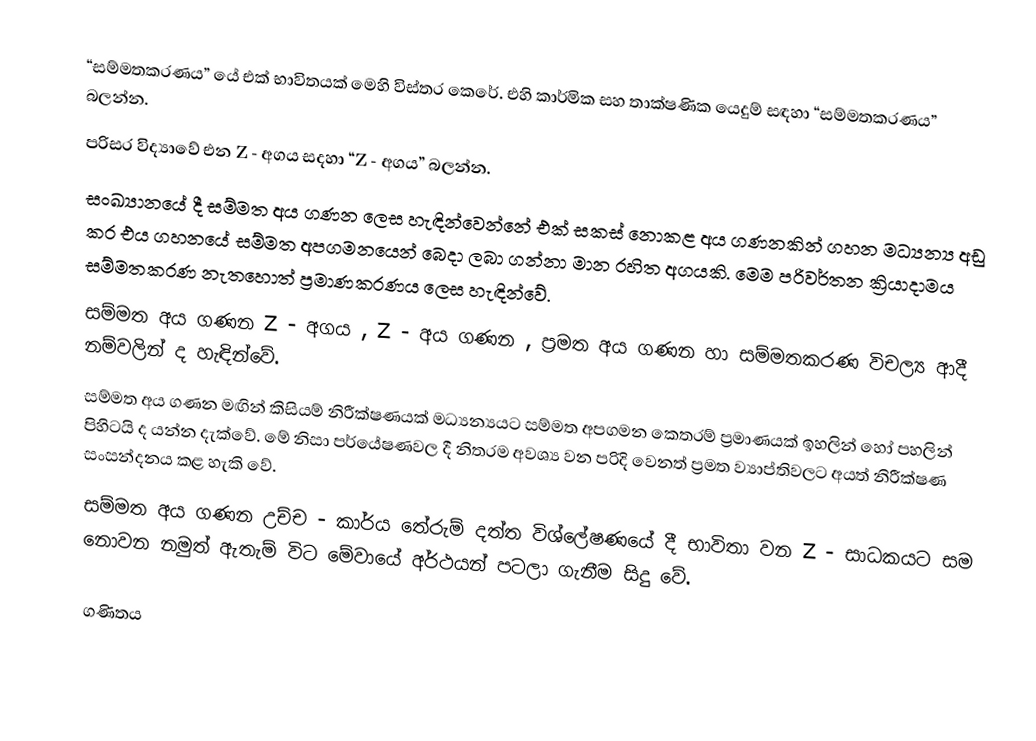
“සම්මතකරණය” යේ එක් භාවිතයක් මෙහි විස්තර කෙරේ. එහි කාර්මික සහ තාක්ෂණික යෙදුම් සඳහා “සම්මතකරණය” බලන්න.
පරිසර විද්‍යාවේ එන Z - අගය සදහා “Z - අගය” බලන්න.
සංඛ්‍යානයේ දී සම්මත අය ගණන ලෙස හැඳින්වෙන්නේ එක් සකස් නොකළ අය ගණනකින් ගහන මධ්‍යන්‍ය අඩු කර එය ගහනයේ සම්මත අපගමනයෙන් බෙදා ලබා ගන්නා මාන රහිත අගයකි. මෙම පරිවර්තන ක්‍රියාදාමය සම්මතකරණ නැතහොත් ප්‍රමාණකරණය ලෙස හැඳින්වේ.
සම්මත අය ගණන Z - අගය , Z - අය ගණන , ප්‍රමත අය ගණන හා සම්මතකරණ විචල්‍ය ආදී නම්වලින් ද හැඳින්වේ.
සම්මත අය ගණන මඟින් කිසියම් නිරීක්ෂණයක් මධ්‍යන්‍යයට සම්මත අපගමන කෙතරම් ප්‍රමාණයක් ඉහලින් හෝ පහලින් පිහිටයි ද යන්න දැක්වේ. මේ නිසා පර්යේෂණවල දී නිතරම අවශ්‍ය වන පරිදි වෙනත් ප්‍රමත ව්‍යාප්තිවලට අයත් නිරීක්ෂණ සංසන්දනය කළ හැකි වේ.
සම්මත අය ගණන උච්ච - කාර්ය තේරුම් දත්ත විශ්ලේෂණයේ දී භාවිතා වන Z - සාධකයට සම නොවන නමුත් ඇතැම් විට මේවායේ අර්ථයන් පටලා ගැනීම සිදු වේ.

ගණිතය